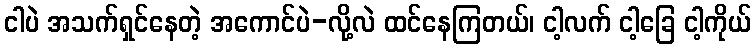
ငါပဲ အသက်ရှင်နေတဲ့ အကောင်ပဲ-လို့လဲ ထင်နေကြတယ်၊ ငါ့လက် ငါ့ခြေ ငါ့ကိုယ်